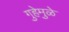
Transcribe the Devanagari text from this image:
गुहेमुळे